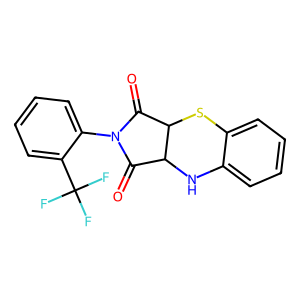
SMILES: O=C1C2Nc3ccccc3SC2C(=O)N1c1ccccc1C(F)(F)F
Inhibits HIV replication: No